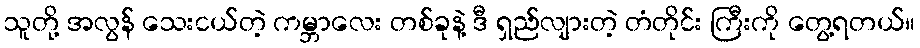
သူတို့ အလွန် သေးငယ်တဲ့ ကမ္ဘာလေး တစ်ခုနဲ့ ဒီ ရှည်လျားတဲ့ တံတိုင်း ကြီးကို တွေ့ရတယ်။